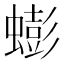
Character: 蟛